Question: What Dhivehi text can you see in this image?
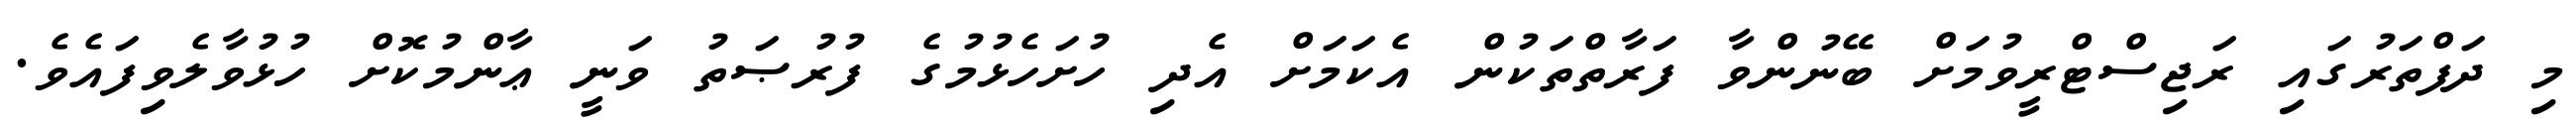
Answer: މި ދަފްތަރުގައި ރަޖިސްޓްރީވުމަށް ބޭނުންވާ ފަރާތްތަކުން އެކަމަށް އެދި ހުށަހެޅުމުގެ ފުރުޞަތު ވަނީ ޢާންމުކޮށް ހުޅުވާލެވިފައެވެ.